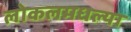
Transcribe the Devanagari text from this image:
लोकलमधल्या